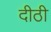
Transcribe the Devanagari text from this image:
दीठी